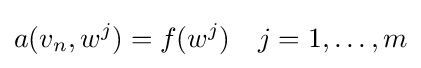
a(v_{n},w^{j})=f(w^{j})\quad j=1,\ldots ,m